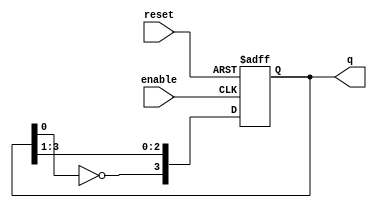
module async_johnson_counter (
    input wire enable,        // Enable signal
    input wire reset,         // Asynchronous reset
    output reg [3:0] q        // 4-bit output representing the counter state
);

always @(posedge enable or posedge reset) begin
    if (reset) begin
        q <= 4'b0000;        // Initialize counter to zero
    end else begin
        q[3] <= ~q[0];       // Invert the last flip-flop and feed to the first
        q[2] <= q[3];        // Shift state
        q[1] <= q[2];        // Shift state
        q[0] <= q[1];        // Shift state
    end
end

endmodule